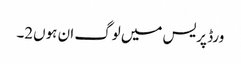
ورڈ پریس میں لوگ ان ہوں2۔